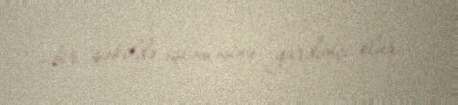
bir şəkildə işləməsinə yardımçı olur.